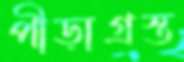
পীড়াগ্রস্ত